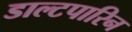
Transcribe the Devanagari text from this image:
डाल्टपारिन